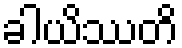
ခါယိဿတိ